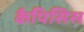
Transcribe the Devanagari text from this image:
कैपिसिस